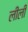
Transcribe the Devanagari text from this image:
लीलीं